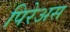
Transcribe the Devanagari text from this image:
पिरेअस